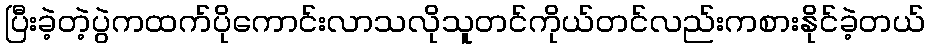
ပြီးခဲ့တဲ့ပွဲကထက်ပိုကောင်းလာသလိုသူတင်ကိုယ်တင်လည်းကစားနိုင်ခဲ့တယ်